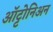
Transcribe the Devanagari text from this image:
ऑट्टोनिअन